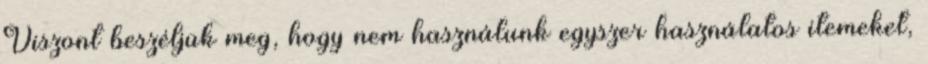
Viszont beszéljük meg, hogy nem használunk egyszer használatos itemeket,